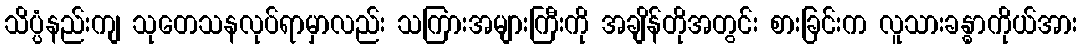
သိပ္ပံနည်းကျ သုတေသနလုပ်ရာမှာလည်း သကြားအများကြီးကို အချိန်တိုအတွင်း စားခြင်းက လူသားခန္ဓာကိုယ်အား